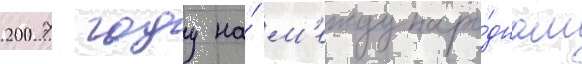
2007 году на́ м'еждунаро́дном